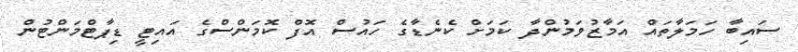
ސައިބާ ހަމަލާތައް އަމާޒުވަމުންދާ ކަމަށް ކެނެޑާގެ ހައުސް އޮފް ކޮމަންސްގެ އައިޓީ ޑިޕާޓްމަންޓުން